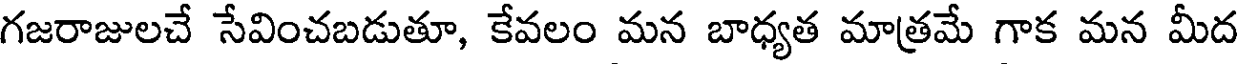
గజరాజులచే సేవించబడుతూ, కేవలం మన బాధ్యత మాత్రమే గాక మన మీద